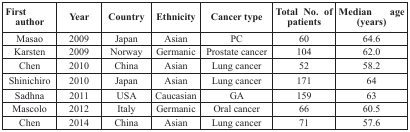
<table><thead><tr><td><b>First author</b></td><td><b>Year</b></td><td><b>Country</b></td><td><b>Ethnicity</b></td><td><b>Cancer type</b></td><td><b>Total No. of patients</b></td><td><b>Median age (years)</b></td></tr></thead><tbody><tr><td>Masao</td><td>2009</td><td>Japan</td><td>Asian</td><td>PC</td><td>60</td><td>64.6</td></tr><tr><td>Karsten</td><td>2009</td><td>Norway</td><td>Germanic</td><td>Prostate cancer</td><td>104</td><td>62.0</td></tr><tr><td>Chen</td><td>2010</td><td>China</td><td>Asian</td><td>Lung cancer</td><td>52</td><td>58.2</td></tr><tr><td>Shinichiro</td><td>2010</td><td>Japan</td><td>Asian</td><td>Lung cancer</td><td>171</td><td>64</td></tr><tr><td>Sadhna</td><td>2011</td><td>USA</td><td>Caucasian</td><td>GA</td><td>159</td><td>63</td></tr><tr><td>Mascolo</td><td>2012</td><td>Italy</td><td>Germanic</td><td>Oral cancer</td><td>66</td><td>60.5</td></tr><tr><td>Chen</td><td>2014</td><td>China</td><td>Asian</td><td>Lung cancer</td><td>71</td><td>57.6</td></tr></tbody></table>